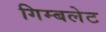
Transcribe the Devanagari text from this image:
गिम्बलेट